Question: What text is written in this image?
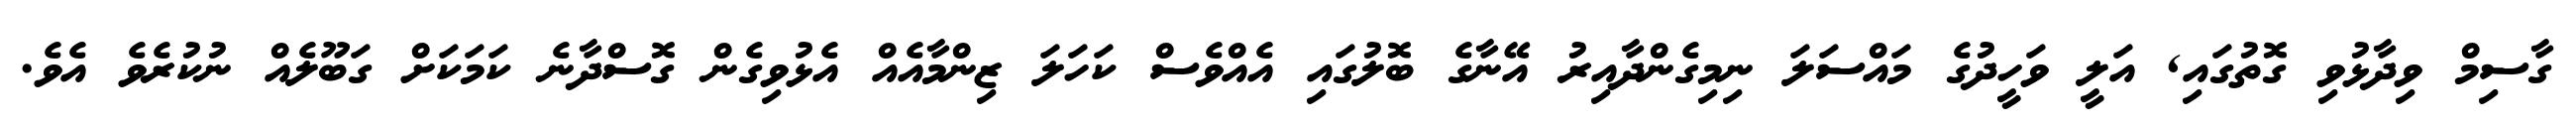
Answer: ގާސިމް ވިދާޅުވި ގޮތުގައި, އަލީ ވަހީދުގެ މައްސަލަ ނިމިގެންދާއިރު އޭނާގެ ބޮލުގައި އެއްވެސް ކަހަލަ ޒިންމާއެއް އެޅުވިގެން ގޮސްދާނެ ކަމަކަށް ގަބޫލެއް ނުކުރެވެ އެވެ.